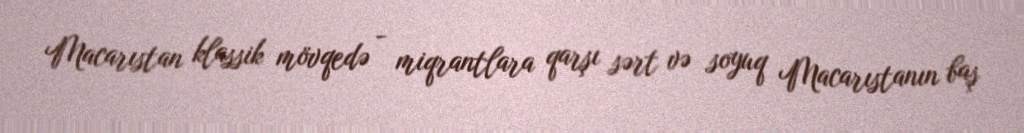
Macarıstan klassik mövqedə - miqrantlara qarşı sərt və soyuq Macarıstanın baş